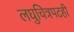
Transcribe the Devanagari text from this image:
लघुचित्रपटही